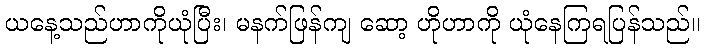
ယနေ့သည်ဟာကိုယုံပြီး၊ မနက်ဖြန်ကျ ဆော့ ဟိုဟာကို ယုံနေကြရပြန်သည်။